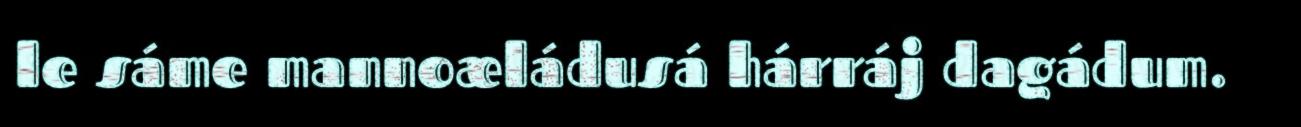
le sáme mannoæládusá hárráj dagádum.